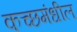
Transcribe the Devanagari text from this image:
कच्छमंधील